Punjab Mental Hospital Lahore 1932-46 - 1932-1946
Year: 1932
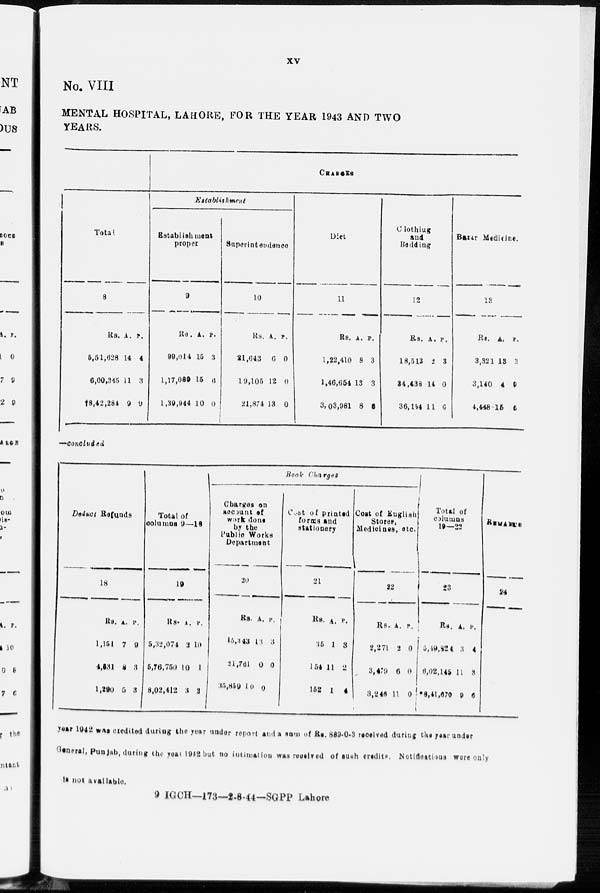
xv
No. VIII
MENTAL HOSPITAL, LAHORE, FOR THE YEAR 1943 AND TWO
YEARS.
Total
8
Rs.
5,51,628
6,00,345
†8,42,284
A.
14
11
9
P.
4
3
9
CHARGES
Establishment
Establishment
proper
9
Rs.
99,014
1,17,089
1,39,944
A.
15
15
10
P.
3
6
0
Superintendence
10
Rs.
21,643
19,105
21,874
A.
6
12
13
P.
0
0
0
Diet
11
Rs.
1,22,410
1,46,654
3, 03,981
A.
8
13
8
P.
3
3
6
Clothing
and
Bedding
12
Rs.
18,513
34,438
36,154
A.
2
14
11
P.
3
0
6
Bazar Medicine.
13
Rs.
3,321
3,140
4,448
A.
13
4
15
P.
3
9
6
—concluded
Deduct Refunds
18
Rs.
1,151
4,531
1,290
A.
7
8
5
P.
9
3
3
Book-Charges
Total of
columns 9—18
19
Rs.
5,32,074
5,76,750
8,02,412
A.
2
10
3
P.
10
1
2
Charges on
account of
work done
by the
Public Works
Department
20
Rs.
15,343
21,761
35,859
A.
13
0
10
P.
3
0
0
Cost of printed
forms and
stationery
21
Rs.
35
154
152
A.
1
11
1
P.
3
2
4
Cost of English
Stores,
Medicines, etc.
22
Rs.
2,271
3,479
3,246
A.
2
6
11
P.
0
0
0
Total of
columns
19—22
23
Rs.
5,49,824
6,02,145
*8,41,670
A.
3
11
9
P.
4
3
6
REMARKS
24
year 1942 was credited during the year under report and a sum of Rs. 889-0-3 received during the year under
General, Punjab, during the year 1942 but no intimation was received of such credits. Notificatious were only
is not available.
9 IGCH—173—2-8-44—SGPP Lahore